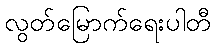
လွတ်မြောက်ရေးပါတီ